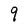
Character: 9